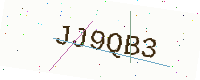
Text: JJ9QB3